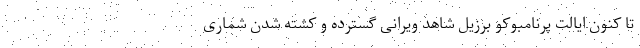
تا کنون ایالت پرنامبوکو برزیل شاهد ویرانی گسترده و کشته شدن شماری